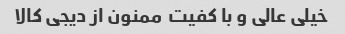
خیلی عالی و با کفیت  ممنون از دیجی کالا